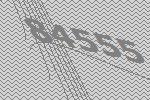
84555